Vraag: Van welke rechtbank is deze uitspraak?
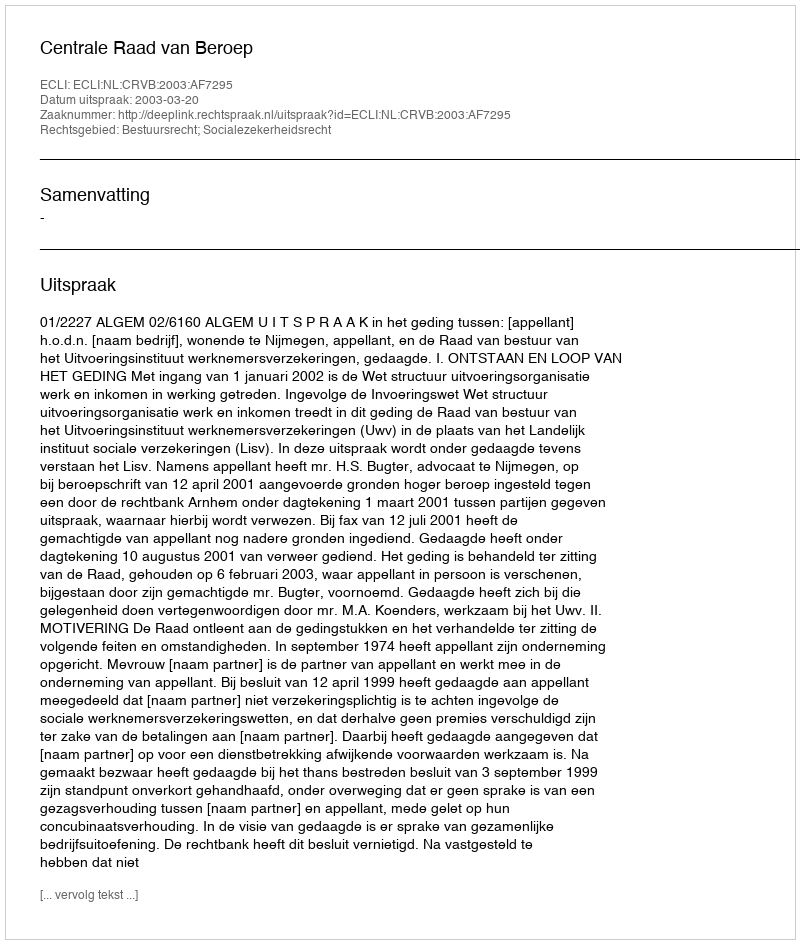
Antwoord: Centrale Raad van Beroep